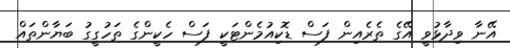
އޭނާ ވިދާޅުވީ އޭގެ ތެރެއިން ފަސް ޑޮކިއުމެންޓަކީ ފަސް ހެކީންގެ ތަހުގީގު ބަޔާންތައް